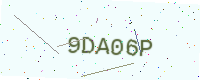
Text: 9DA06P